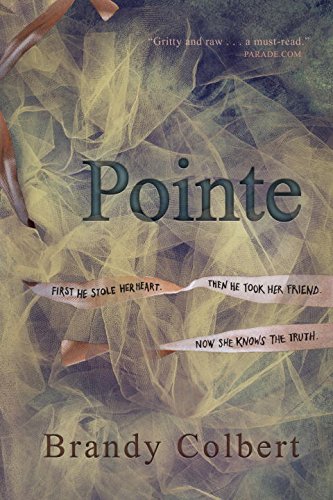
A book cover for Pointe; Brandy Colbert; Teen & Young Adult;